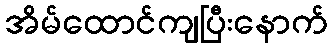
အိမ်ထောင်ကျပြီးနောက်